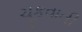
ચૂકવાતી